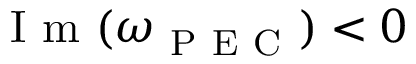
\mathrm { ~ I ~ m ~ } ( \omega _ { \mathrm { ~ P ~ E ~ C ~ } } ) < 0